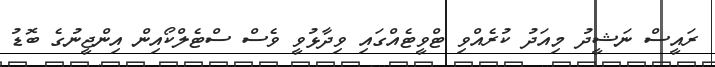
ރައީސް ނަޝީދު މިއަދު ކުރެއްވި ޓްވީޓެއްގައި ވިދާޅުވީ ވެސް ސްޓެލްކޯއިން އިންޖީނުގެ ބޮޑު